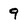
Character: 9